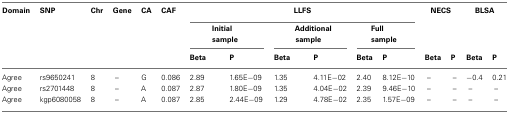
| Domain | SNP | Chr | Gene | CA | CAF | <COLSPAN=6> LLFS | <COLSPAN=2> NECS | <COLSPAN=2> BLSA |
 |  |  |  |  |  |  | <COLSPAN=2> Initial sample | <COLSPAN=2> Additional sample | <COLSPAN=2> Full sample |  |  |  |  |
 |  |  |  |  |  |  | Beta | P | Beta | P | Beta | P | Beta | P | Beta | P |
 | --- | --- | --- | --- | --- | --- | --- | --- | --- | --- | --- | --- | --- | --- | --- | --- |
 | Agree | rs9650241 | 8 | – | G | 0.086 | 2.89 | 1.65E−09 | 1.35 | 4.11E−02 | 2.40 | 8.12E−10 | – | – | −0.4 | 0.21 |
 | Agree | rs2701448 | 8 | – | A | 0.087 | 2.87 | 1.80E−09 | 1.35 | 4.04E−02 | 2.39 | 9.46E−10 | – | – | – | – |
 | Agree | kgp6080058 | 8 | – | A | 0.087 | 2.85 | 2.44E−09 | 1.29 | 4.78E−02 | 2.35 | 1.57E−09 | – | – | – | – |